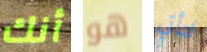
أنك هو لنأتي